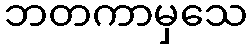
ဘတကာမှသေ